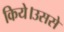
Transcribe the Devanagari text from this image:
किये।उससे